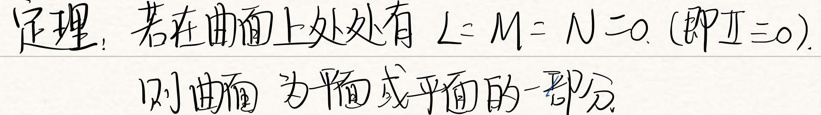
定理：若在曲面上处处有\(L = M = N = 0\)（即\(II = 0\)），则曲面为平面或平面的一部分。